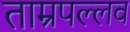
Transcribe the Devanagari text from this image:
ताम्रपल्लव